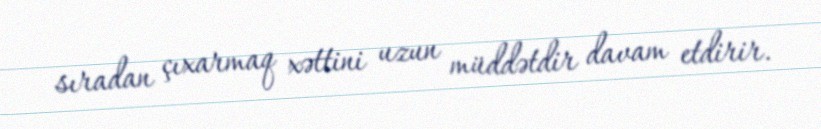
sıradan çıxarmaq xəttini uzun müddətdir davam etdirir.